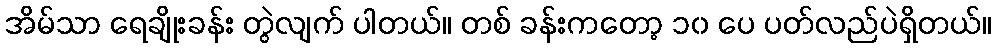
အိမ်သာ ရေချိုးခန်း တွဲလျက် ပါတယ်။ တစ် ခန်းကတော့ ၁၀ ပေ ပတ်လည်ပဲရှိတယ်။